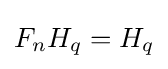
F_{n}H_{q}=H_{q}